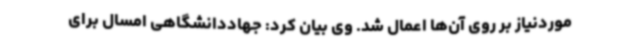
موردنیاز بر روی آن‌ها اعمال شد. وی بیان کرد: جهاددانشگاهی امسال برای